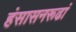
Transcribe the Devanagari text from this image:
हंसासनरूढां